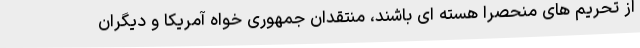
از تحریم های منحصرا هسته ای باشند، منتقدان جمهوری خواه آمریکا و دیگران